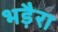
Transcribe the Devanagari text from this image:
भड़ैरा